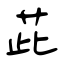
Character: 茈